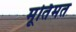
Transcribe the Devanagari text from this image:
मूर्तिमत